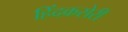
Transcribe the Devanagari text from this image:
हिंदकसेरी